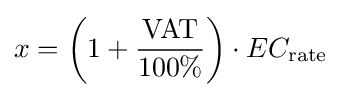
x=\left(1+{\frac {\text{VAT}}{100\%}}\right)\cdot EC_{\text{rate}}